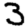
Digit: 3